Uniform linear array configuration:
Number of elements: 32
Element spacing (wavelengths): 0.75
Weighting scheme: kaiser
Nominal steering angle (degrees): -15
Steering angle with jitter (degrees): -13.176
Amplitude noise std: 0.05
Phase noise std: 0.05

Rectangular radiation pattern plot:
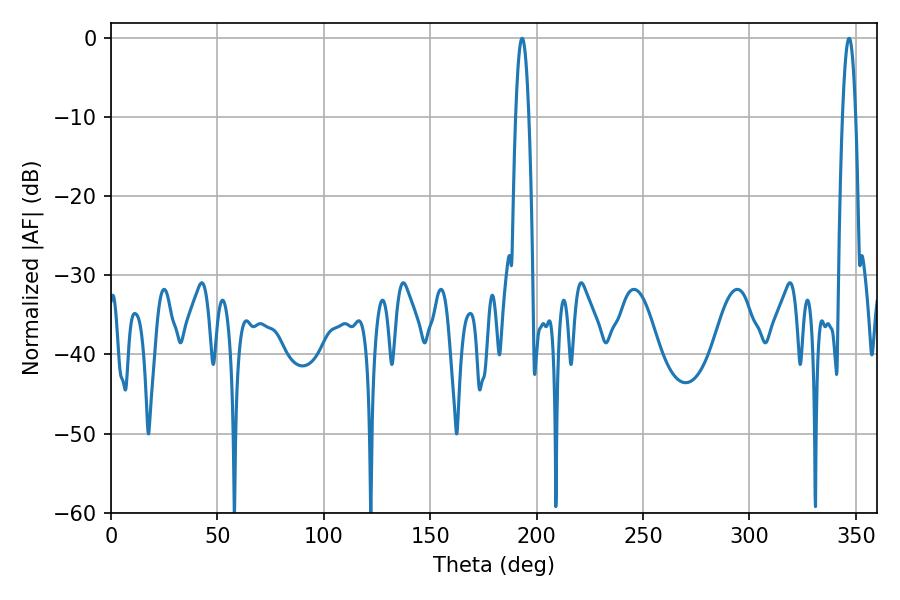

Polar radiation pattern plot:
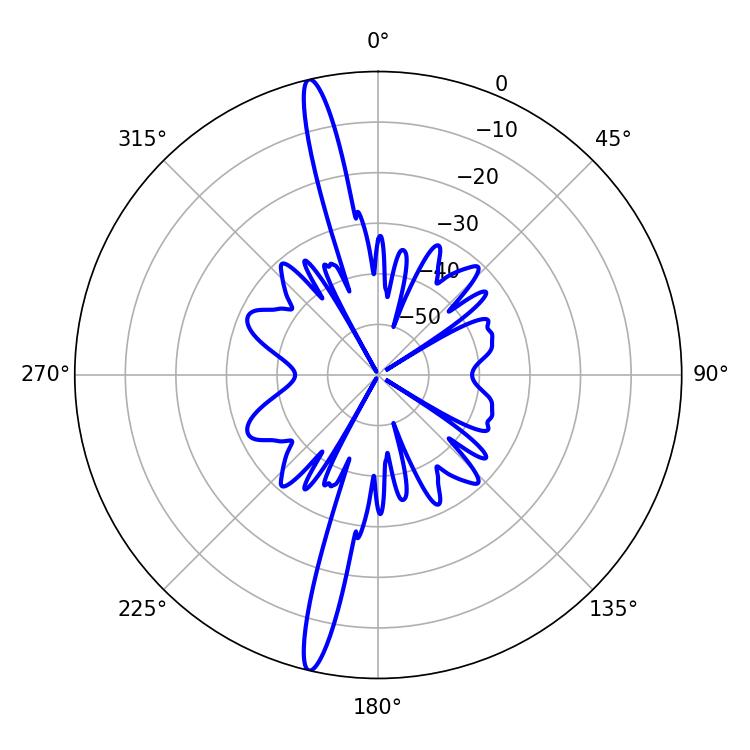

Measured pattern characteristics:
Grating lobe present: TRUE
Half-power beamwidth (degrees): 3.42
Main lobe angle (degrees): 193.14